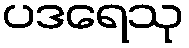
ပဒရေသု